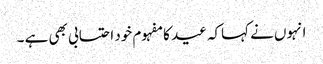
انہوں نے کہاکہ عید کا مفہوم خود احتسابی بھی ہے ۔